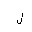
Letter: _lam